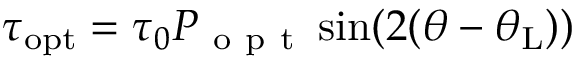
\tau _ { \mathrm { { o p t } } } = \tau _ { 0 } P _ { \mathrm { ~ o ~ p ~ t ~ } } \sin ( 2 ( \theta - \theta _ { \mathrm { { L } } } ) )